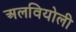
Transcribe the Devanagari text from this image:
अलवियोली